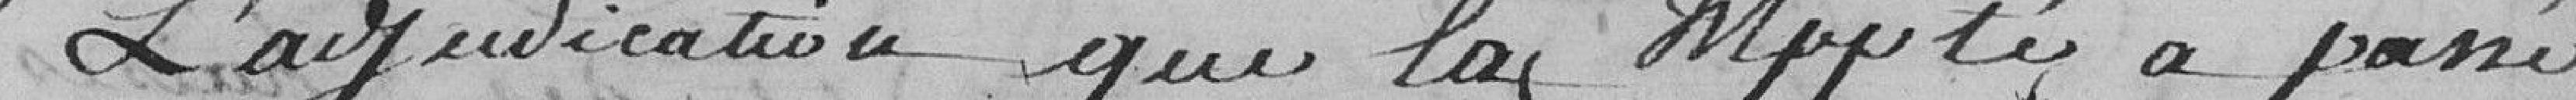
l'adjudication que la (M...té) a passé